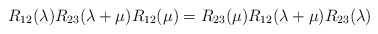
\begin{align*}R_{12}(\lambda )R_{23}(\lambda +\mu )R_{12}(\mu )=R_{23}(\mu )R_{12}(\lambda+\mu )R_{23}(\lambda ) \end{align*}